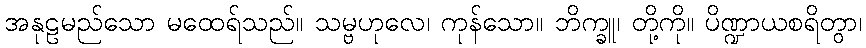
အနုဠမည်သော မထေရ်သည်။ သမ္ဗဟုလေ၊ ကုန်သော။ ဘိက္ခူ၊ တို့ကို။ ပိဏ္ဍာယစရိတွာ၊